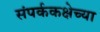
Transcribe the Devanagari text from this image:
संपर्ककक्षेच्या